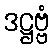
ဒဋ္ဌဗ္ဗံ